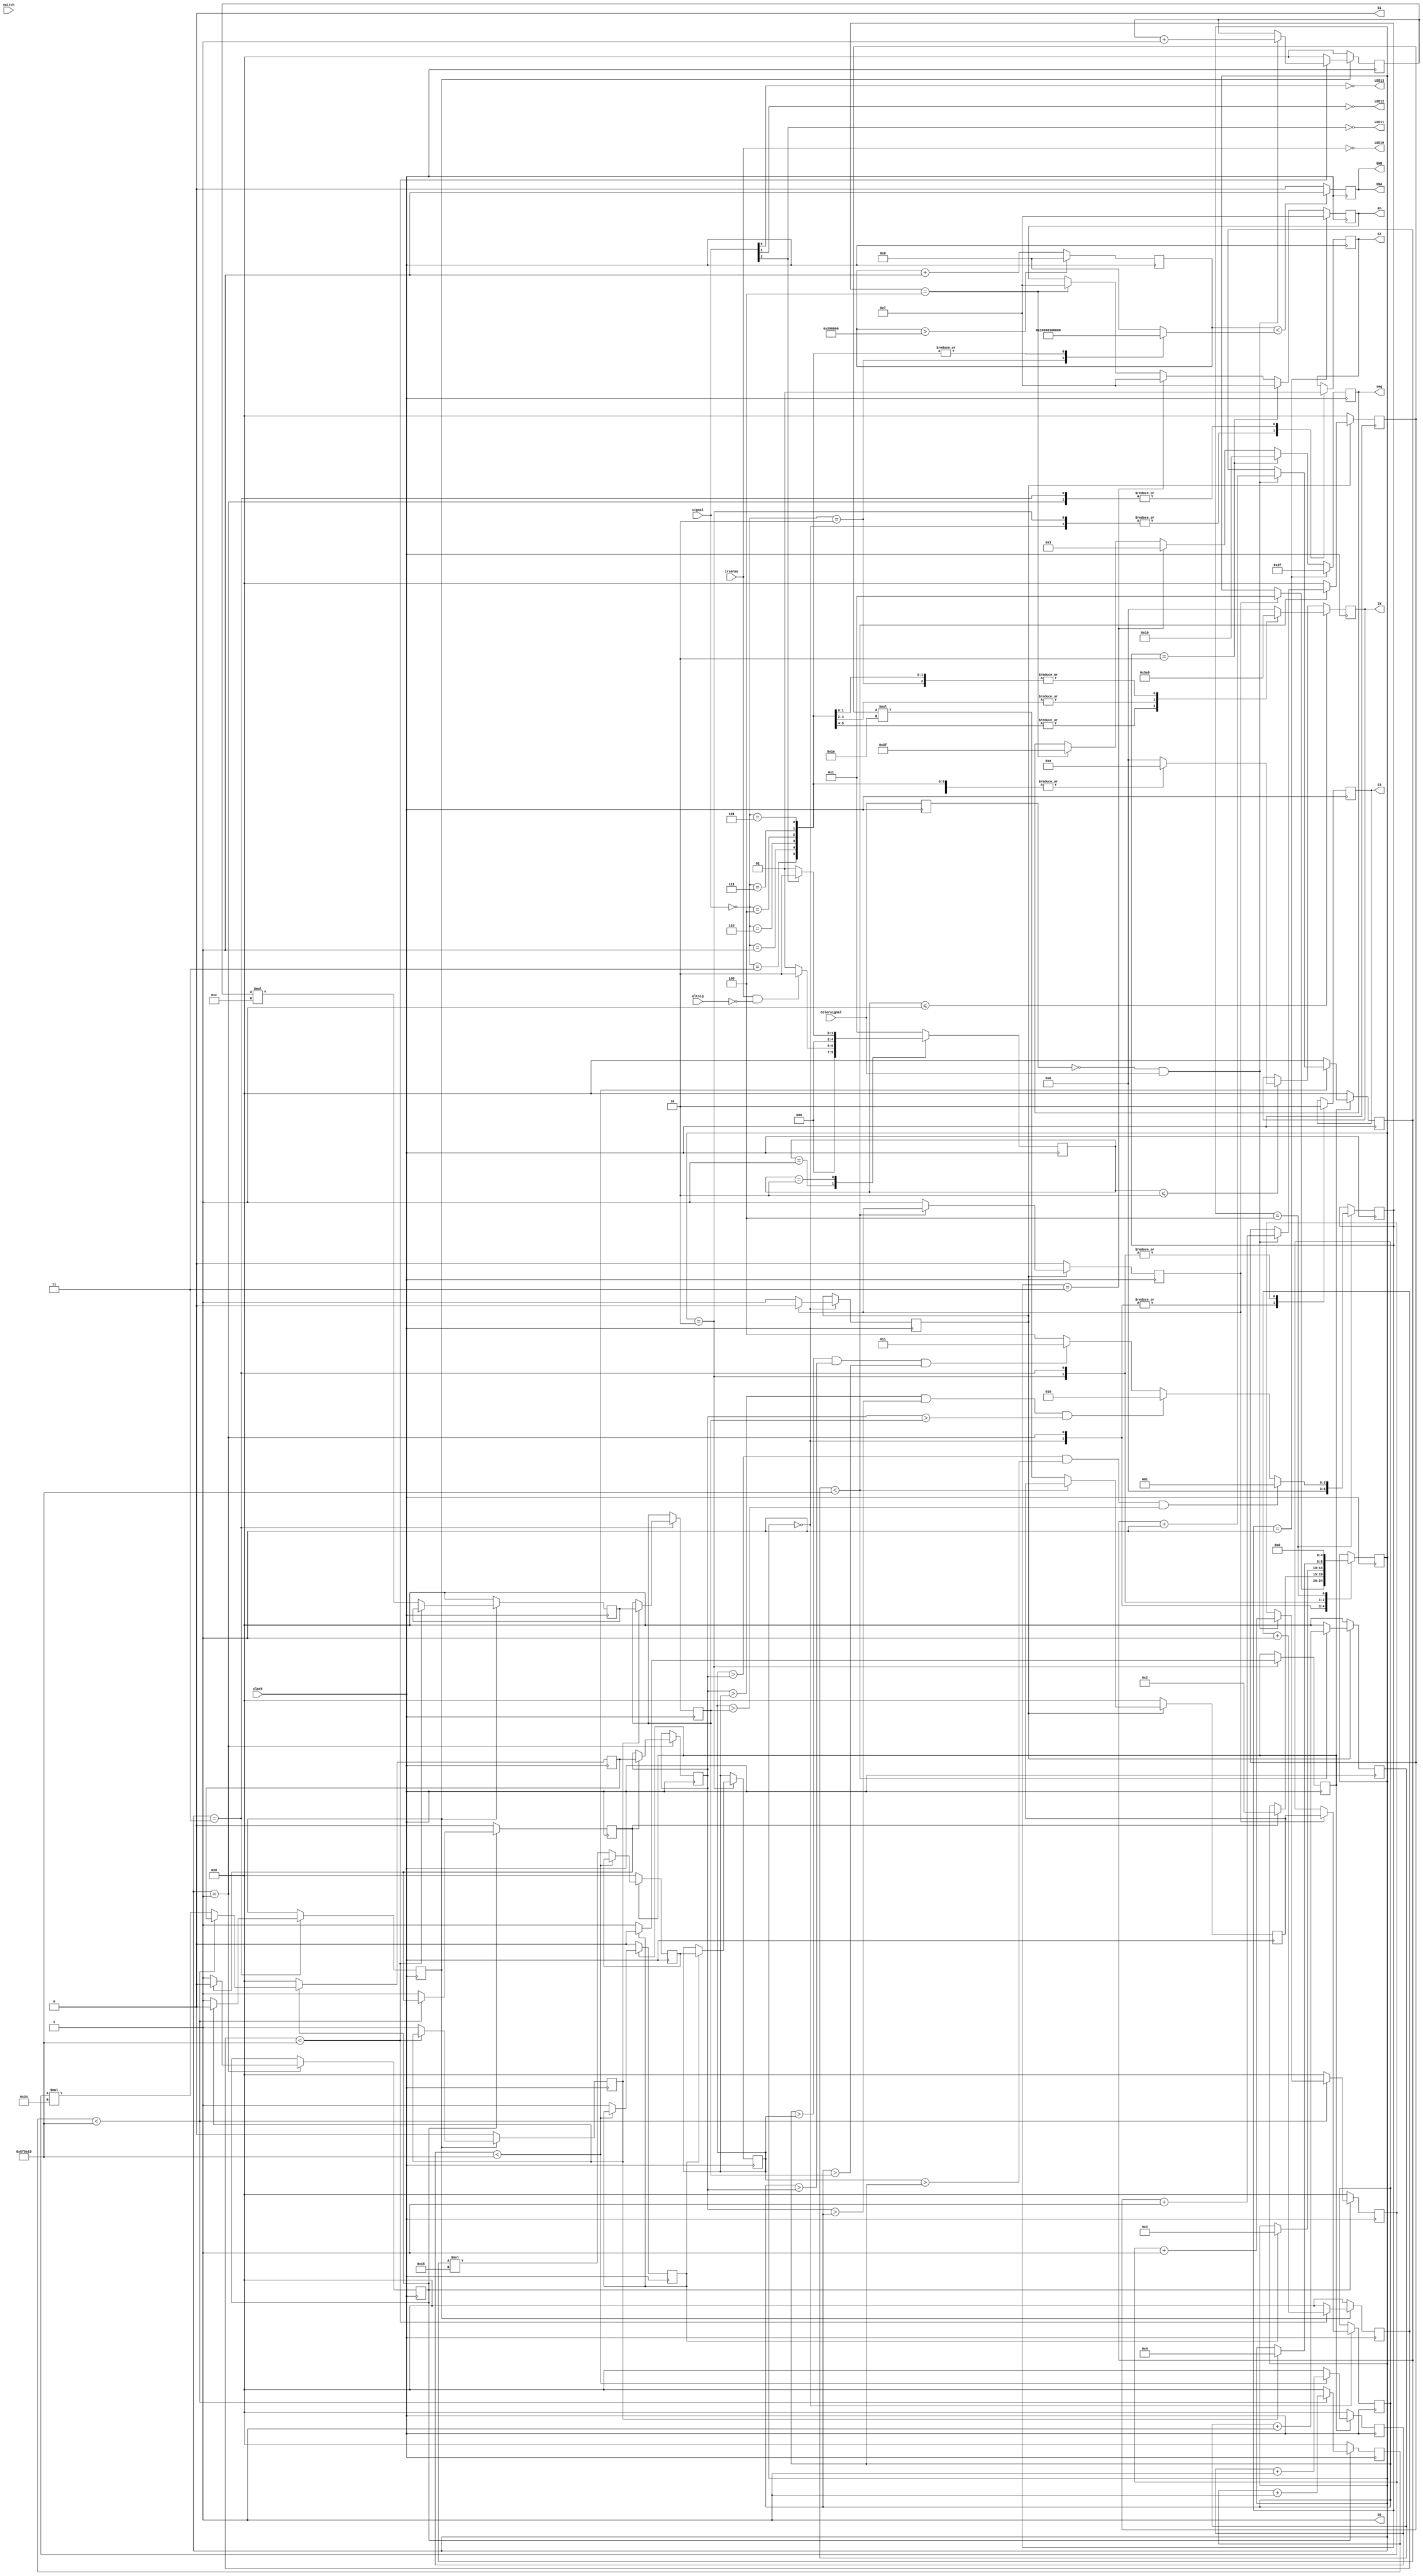
module work_PWM1(
//PWM part
    input [2:0] signal,
    input altsig,
   
    //input switch,
    //input leftsig,
    //input rightsig,
    input clock,
 // input reset, 
//    input [1:0] JB,
    input irsense,
    //input test,
        //8 switches
  //  input [7:0] SW, //SW[0] TO SW[7] 
    input colorsignal,
    output S0,
    output S1,
    output reg S2,
    output reg S3,
   input switch,
    output LED13,
    output LED12,
    output LED11,
    output LED10,
    //output LED8,
    //output [3:0] IN,
output reg [3:0] IN,

   output ENA,ENB, 
    
//instantions



    
//7-Segment initialization   
    output reg [3:0] an,      // DIGITS
    output reg [6:0] seg
    

    );

    initial begin     
    IN[0] = 0;
    IN[1] = 0;
    IN[2] = 0;
    IN[3] = 0;
  end
    // duty cycle use in PWM:
    reg [20:0] count;// 2^(21) = 2,097,152
    reg [20:0] width;
    reg PWM;
 
    initial begin
        count = 0;
        width = 0;
        PWM = 0;
     end 
     
 //assign display_count = refresh [19:18]; 
always@(posedge clock)begin
        if(count > 2097152) //resets the counter to 0 or increments
            count <= 0;
         else
            count <= count +1;
       
        if(count < width) begin
            PWM <= 1;
            end
            
        else begin
            PWM <=0;
         end    

end
     
    always@(clock)begin
   
//if (state <= St0) begin
//case(~signal)  //idle state           
//                 //25% Duty Cycle
//                //Both Backward (IN4 & IN1):
//                3'b010: width = 21'd0; // Forward 25%
//                3'b011: width = 21'd0; 
//                3'b110: width = 21'd0; 
//                3'b001: width = 21'd0; 
//                3'b100: width = 21'd0; 
//                3'b111: width = 21'd0;
//                3'b101: width = 21'd0;
//                default: width = 21'd0;


//endcase
//end
//else if (state <= St1) begin
 case(~signal)
                3'b010: width = 21'd524288;// Forward 25%
                3'b011: width = 21'd1048576;
                3'b110: width = 21'd1048576; 
                3'b001: width = 21'd1048576; 
                3'b100: width = 21'd1048576; 
                3'b111: width = 21'd1048576;
                3'b101: width = 21'd1048576;
                 default: width = 21'd0;
          
endcase
end
//else if (state <= St3) begin
// case(~signal)
//                3'b010: width = 21'd524288;// Forward 25%
//                3'b011: width = 21'd524288;
//                3'b110: width = 21'd524288; 
//                3'b001: width = 21'd524288; 
//                3'b100: width = 21'd524288; 
//                3'b111: width = 21'd524288;
//                3'b101: width = 21'd524288;
//                 default: width = 21'd0;
          
//endcase

// end    
        
// end


 //num == 1 RED 
 // num == 2 green  
 // num == 3 blue 

parameter   St0          =     5'b00001, //State 0, Initial State 
            St1          =     5'b00010,
            St2          =     5'b00100,
            St3          =     5'b01000,
			St4          = 	  5'b10000; // State 4, Final State

// Must do the state initialization to a known state so that behavioral simulation 
//gate level result matches
//Synchronous FSM. Only need to have one state variable 
reg [4:0]   state  =     St0; 
//reg [2:0]outt ;

//assign OUT = ~OUT_b; // output for LED0

//use always block to implment the next state logic 
//use positive edge of clock in the sensitivity list
//case statement and conditional statement to decide next state logic
always @(posedge clock) begin
  case(state)
    St0: begin // Case state 0 //red 
      if (num == 2) state <= St1; // jump to state 1
      else    state <= St0; // stay in state 0
    end
    St1: begin // Case state 1 //green
      if (num==1) state <= St0; // go back to state 0
      else    state <= St2; //  jump to state 2
    end
    St2: begin // Case state 2
      if (num==3) state <= St3; //  go back to state 1
      else    state <= St1; // if input is 0, jump to state 3
    end
    St3: begin // Case state 3 //blue 
      if (num==2) state <= St1; // if input is 1, jump to state 4
      else    state <= St4; // if input is 0, stay in state 3
    end
	 St4: begin  // Case state 4 // 
	       if (num== 1) state <= S0; // if input is 1, go back to state 0
     else state <= S3; // if input is 0, go back to state 1
    end
    default: begin // default case to avoid error for unreachable state as there are 16 possible states
      state = St0; // always go to state 0
    end
  endcase
end


//use output to assign output in each state
//always make the output to be 0 unless the final state is reached
//always @(posedge clk) begin
//  case(state)
//    S0: begin // state 0 
//      OUT_b = 0; //output is 0
//    end
//    S1: begin // state 1
//      OUT_b = 0; // output is 0
//    end
//    S2: begin // state 2
//      OUT_b = 0; //output is 0
//    end
//	 S3: begin // state 3 
//      OUT_b = 0; // output is 0
//    end
//    S4: begin // state 4
//      if (IN) OUT_b = 0; //if iput is 1, output is 0
//      else    OUT_b = 1; //if input is 0, output is 1
//    end
//    default: begin // default for unreacheable state
//      OUT_b = 0; // output is 0
//    end
//  endcase
//end


parameter   Stat0          =     5'b00001, //State 0, Initial State 
            Stat1          =     5'b00010,
            Stat2          =     5'b00100,
            Stat3          =     5'b01000,
			Stat4          = 	  5'b10000; // State 4, Final State

// Must do the state initialization to a known state so that behavioral simulation 
//gate level result matches
//Synchronous FSM. Only need to have one state variable 
reg [4:0]   statete  =     St0; 
//reg [2:0]outt ;

//assign OUT = ~OUT_b; // output for LED0

//use always block to implment the next state logic 
//use positive edge of clock in the sensitivity list
//case statement and conditional statement to decide next state logic
always @(posedge clock) begin
  case(statete)
    Stat0: begin // Case state 0 //red 
      if (irsense && ~altsig) statete <= Stat1; // jump to state 1
      else    statete <= St0; // stay in state 0
    end
    Stat1: begin // Case state 1 //green
      if (~signal[2]) statete <= Stat0; // go back to state 0
      else    statete <= St1; //  jump to state 2
    end
//    Stat2: begin // Case state 2
//      if () statete <= St3; //  go back to state 1
//      else    state <= St1; // if input is 0, jump to state 3
//    end
//    St3: begin // Case state 3 //blue 
//      if (num==2) state <= St1; // if input is 1, jump to state 4
//      else    state <= St4; // if input is 0, stay in state 3
//    end
//	 S4: begin  // Case state 4 // 
//	       if (num== 1) state <= S0; // if input is 1, go back to state 0
//     else state <= S3; // if input is 0, go back to state 1
//    end
    default: begin // default case to avoid error for unreachable state as there are 16 possible states
      statete = Stat0; // always go to state 0
    end
  endcase
end


always@(posedge clock) begin 


if (statete <= Stat0) begin
case(~signal)
//3'b000: IN = 4'b0000;   // Rover not move
3'b010: IN = 4'b1001;   //rover forward
3'b011: IN = 4'b0101;   // rover right
3'b001: IN = 4'b0101;   // rover right 
3'b110: IN = 4'b1010;    // rover left
3'b100: IN = 4'b1010;    
3'b111: IN = 4'b1001;   // rover left
3'b101: IN = 4'b1001;
default: IN = 0;
endcase
end
else if (statete <= Stat1) begin
case(~signal)
//3'b000: IN = 4'b0101;   // Rover not move
3'b010: IN = 4'b1010;  //rover forward
3'b011: IN = 4'b1010;   // rover right
3'b001: IN = 4'b1010;   // rover right 
3'b110: IN = 4'b1010;    // rover left
3'b100: IN = 4'b1010;    
3'b111: IN = 4'b1010;   // rover left
3'b101: IN = 4'b1010;
default: IN = 0;
endcase
end





end





 
// if ((irsense && ~signal[0] && ~signal[1] && ~signal[2] ) || (irsense && ~signal[1] && ~signal[2]) ||(irsense && ~signal[2]))
//    IN = 4'b0101;
    
// end
 

 






 





   assign LED10 = ~ irsense;
//  assign LED15 = (JB[0]) ? 1:0;
//Sending PWM to Enables to make motors move

assign ENA = PWM;
assign ENB = PWM;
 //  assign ENA =  {irsense == 1}? 1'b0: 1'b1 ;
   // assign ENB = {irsense == 1} ? 1'b0: 1'b1 ;
    assign LED13 = ~ signal[0];
    assign LED12 = ~ signal[1];
    assign LED11 = ~ signal[2];
//    assign ENA = {signal == 1} ? 8'b10010010 : 2'b00;
//     assign ENB = {signal == 1} ? 8'b10010010 : 2'b00;

 parameter bluestate = 0;
    parameter greenstate = 1;
    parameter redstate = 2;
    parameter clearstate = 3;
    parameter displaystate = 4;
    
    reg [4:0] colorstate = bluestate; //2^4 = 16 //starting from BLUE filter
//===================== START of Registers for BLUE Color ===========================    
    reg [32:0] freq = 33'b0; //Initialize registers
    reg last; //to contain last state
    reg flag;
    reg [32:0] edgecount = 33'b0; //to count the positive edges of the frequency of the color sensor
    reg finish = 0;
    reg [32:0] val = 33'b0;
//===================== END of Registers for BLUE Color =========================== 
//===================== START of Registers for GREEN Color ===========================       
    reg [32:0]edgecount1 = 33'b0;
    reg flag1;
    reg finish1 = 0;
    reg [32:0]val1 = 33'b0;
    reg [32:0] freq1 = 33'b0;
 //===================== END of Registers for GREEN Color =========================== 
 //===================== START of Registers for RED Color ===========================    
    reg [32:0]edgecount2=33'b0;
    reg flag2;
    reg finish2 = 0;
    reg [32:0]val2 = 33'b0;
    reg [32:0] freq2 = 33'b0;
 //===================== END of Registers for RED Color =========================== 
 //===================== START of Registers for CLEAR Color ===========================    
    reg [32:0] edgecount3 = 33'b0;
    reg flag3;
    reg finish3 = 0;
    reg [32:0] val3 = 33'b0;
    reg [32:0] freq3 = 33'b0;
 //===================== END of Registers for CLEAR Color ===========================     
 
    reg [32:0] greenfreq = 33'b0;
    reg [32:0] redfreq = 33'b0;
    reg [32:0] bluefreq = 33'b0;
    reg [32:0] clearfreq = 33'b0;
    
    reg [6:0] num; //to loght up the LEDs. 1: RED; 2: GREEN; 3: BLUE; 4: CLEAR
    
    assign S0 = 1;
    assign S1 = 0; //20% scaling frequency
    
    always @ (posedge clock)
        last <= colorsignal;
        
 //--------------------START of B L U E-----------------------   
always@(posedge clock)
    if(~flag) //NOT flag //resetting
        begin
            freq=0;
            edgecount=0;
            val=0;
            finish=0;
        end
    
    else 
    begin
        if(val<6250000)//6,250,000
            begin
                val<=val+1;
                if(~last & colorsignal)
                begin
                    edgecount<=edgecount+1;
            end
    end

    else 
    begin
        freq = 0;
        freq = edgecount*30; //blue
        edgecount = 0;
        val = 0;
        finish = 1;
    end
end
//--------------------END of B L U E-----------------------
//--------------------START of G R E E N-----------------------
always@(posedge clock)
    if(~flag1)
        begin
            freq1=0;
            edgecount1=0;
            val1=0;
            finish1=0;
        end
    else 
    begin
        if(val1 < 6250000)
        begin
            val1 <= val1+1;
            if(~last & colorsignal)
            begin
                edgecount1 <= edgecount1+1;
            end
        end
    else 
        begin
            freq1=0;
            freq1=edgecount1*36; //green
            edgecount1=0;
            val1=0;
            finish1=1;
        end
end
//--------------------END of G R E E N-----------------------
//--------------------START of R E D-----------------------
always@(posedge clock)
    if(~flag2)
    begin
        freq2=0;
        edgecount2=0;
        val2=0;
        finish2=0;
    end
    else 
    begin
    if(val2<6250000)
    begin
        val2<=val2+1;
        if(~last & colorsignal)
        begin
            edgecount2<=edgecount2 + 1;//red
        end
    end
    else begin
        freq2=0;
        freq2=edgecount2*21; //RED
        edgecount2=0;
        val2=0;
        finish2=1;
    end
end
//--------------------END of R E D-----------------------
//--------------------START of C L E A R-----------------------
always@(posedge clock)
    if(~flag3)
    begin
        freq3=0;
        edgecount3=0;
        val3=0;
        finish3=0;
    end
    else 
    begin
        if(val3<6250000)
        begin
            val3<=val3+1;
            if(~last & colorsignal)
            begin
                edgecount3<=edgecount3+1;
            end
        end
    else 
    begin
        freq3=0;
        freq3=edgecount3*12;
        edgecount3=0;
        val3=0;
        finish3=1;
    end
end
//--------------------END of C L E A R-----------------------
//--------------------- T O P  M O D U L E -------------------------
//    parameter bluestate=0,greenstate=1,redstate=2,displaystate=3;     
always@(posedge clock)
    case(colorstate)
    bluestate:
    begin
       S2 <= 0;
       S3 <= 1;
       flag = 1;
       if(finish == 1)
       begin
            bluefreq <= freq;
            flag=0;
            colorstate = greenstate; //Starts from Blue and goes to the next state which is GREEN
       end
    end
    
    greenstate:
    begin
       S2<=1;
       S3<=1;
       flag1=1;
       if(finish1==1)
       begin
            greenfreq<=freq1;
            flag1=0;
            colorstate=redstate;
       end
    end
    
    redstate:
    begin
       S2<=0;
       S3<=0;
       flag2=1;
       if(finish2==1)
       begin   //parameter redstate=0,greenstate=1,bluestate=2,displaystate=3;
            redfreq<=freq2;
            flag2=0;
            colorstate=clearstate;
       end
    end
    
    clearstate:
    begin
       S2<=1;
       S3<=0;
       flag3=1;
       if(finish3==1)
       begin
            clearfreq<=freq3;
            flag3=0;
            colorstate=displaystate;
       end
    end
       
    displaystate:
    begin
       if( (redfreq > greenfreq) && (redfreq > bluefreq) && (redfreq > clearfreq) )
       begin
            num = 1;
            colorstate = bluestate;
       end
       else if( (greenfreq > redfreq) && (greenfreq > bluefreq) && (greenfreq > clearfreq) )
       begin
            num = 2;  
            colorstate = bluestate;
       end
       else if( (bluefreq > redfreq) && (bluefreq > greenfreq) && (bluefreq > clearfreq) )
       begin
            num = 3;  
            colorstate = bluestate;
       end   
       else begin
            num = 4;
            colorstate = bluestate;
       end
       end
    endcase
    
 //----------- T O P  M O D U L E --------------------   
always@(posedge clock)
begin
    if(num == 1)
    begin

        an = 4'b0111;
        seg = 7'b0101111; // displays r for RED: 0101111
    end
    else if(num == 2)
    begin

        an = 4'b0111;
        seg = 7'b0010000; //displays g for GREEN: 0000010
    end
    else if(num == 3)
    begin

        an = 4'b0111;
        seg = 7'b0000011; //displays b for BLUE: 0000011
    end
    else if(num == 4)
    begin

        an = 4'b0111;
        seg = 7'b0111111; // displays - for CLEAR: 0101111
    end
end
endmodule